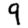
Digit: 9